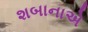
શબાનાએ